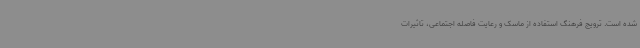
شده است. ترویج فرهنگ استفاده از ماسک و رعایت فاصله اجتماعی، تاثیرات